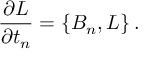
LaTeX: { \frac { \partial L } { \partial t _ { n } } } = \{ B _ { n } , L \} \, .